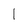
Character: 1